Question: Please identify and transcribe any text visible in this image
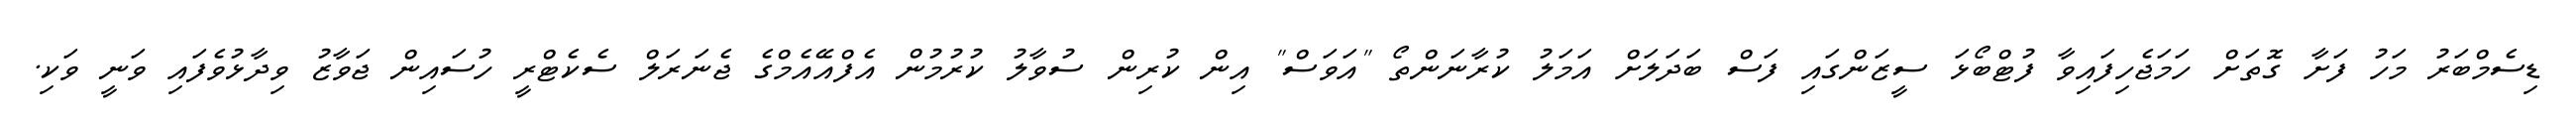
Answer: ޑިސެމްބަރު މަހު ފަށާ ގޮތަށް ހަމަޖެހިފައިވާ ފުޓްބޯޅަ ސީޒަންގައި ފަސް ބަދަލަށް އަމަލު ކުރާނަންތޯ "އަވަސް" އިން ކުރިން ސުވާލު ކުރުމުން އެފްއޭއެމްގެ ޖެނަރަލް ސެކެޓްރީ ހުސައިން ޖަވާޒު ވިދާޅުވެފައި ވަނީ ވަކި.